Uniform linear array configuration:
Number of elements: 4
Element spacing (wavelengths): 0.5
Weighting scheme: cosine
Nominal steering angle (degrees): -60
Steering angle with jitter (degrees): -59.459
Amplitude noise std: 0.05
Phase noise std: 0.05

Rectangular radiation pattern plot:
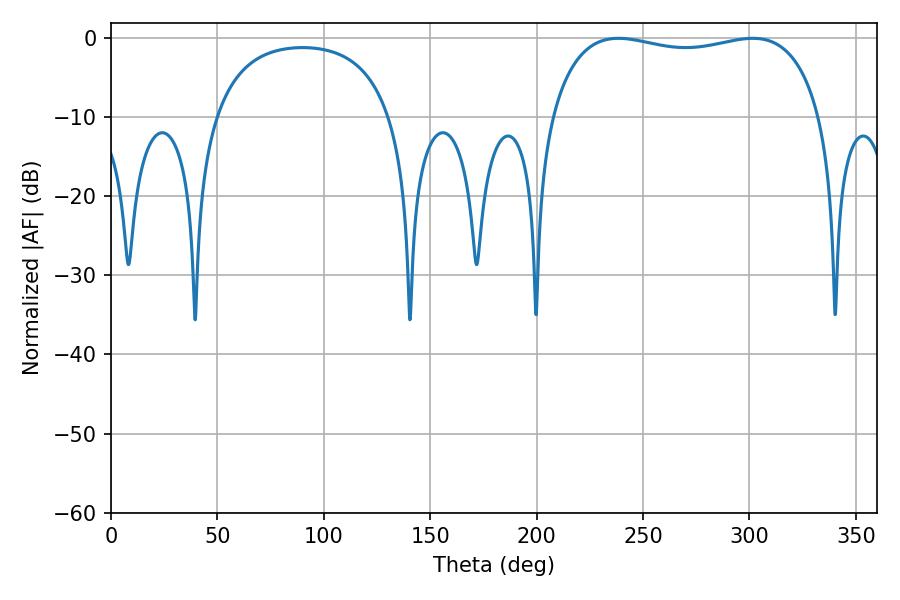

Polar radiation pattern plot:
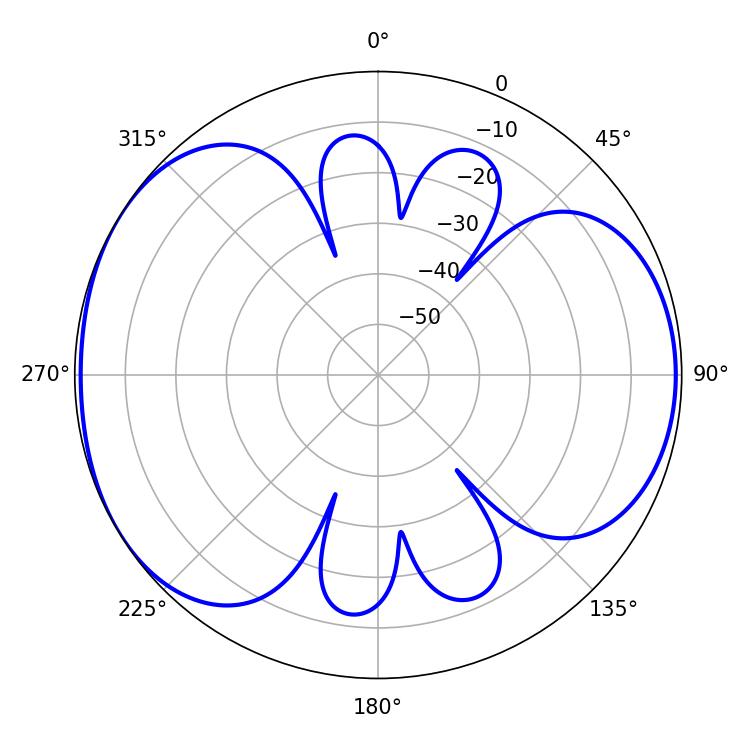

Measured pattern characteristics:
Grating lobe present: FALSE
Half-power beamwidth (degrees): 103.32
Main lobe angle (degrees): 238.5